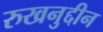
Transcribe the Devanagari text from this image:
रुखनुद्दीन